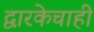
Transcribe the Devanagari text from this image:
द्वारकेचाही